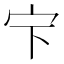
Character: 𱚃